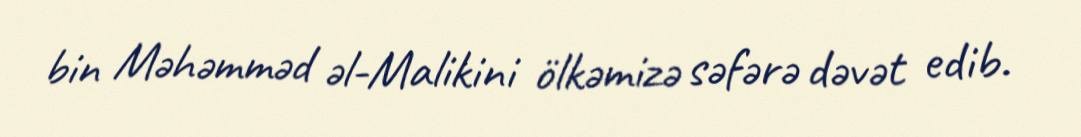
bin Məhəmməd əl-Malikini ölkəmizə səfərə dəvət edib.